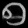
Digit: ၅